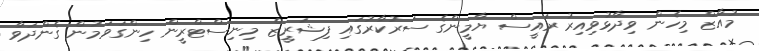
މުއާޒް މިހެން ވިދާޅުވިއިރު ރައީސް ޔާމީންގެ ސަރުކާރުގައި ފިޝަރީޒް މިނިސްޓްރީން ހިންގަވަމުން ގެންދަވާ